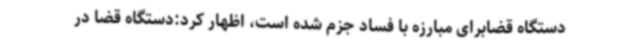
دستگاه قضابرای مبارزه با فساد جزم شده است، اظهار کرد:دستگاه قضا در